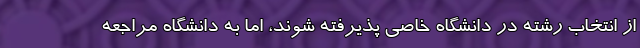
از انتخاب رشته در دانشگاه خاصی پذیرفته شوند، اما به دانشگاه مراجعه